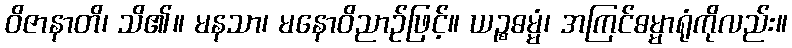
ဝိဇာနာတိ၊ သိ၏။ မနသာ၊ မနောဝိညာဉ်ဖြင့်။ ယဉ္စဓမ္မံ၊ အကြင်ဓမ္မာရုံကိုလည်း။